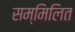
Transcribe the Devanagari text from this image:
सम्‍मिलित